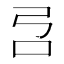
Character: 𰇉